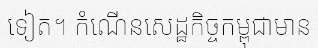
ទៀត។ កំណើនសេដ្ឋកិច្ចកម្ពុជាមាន